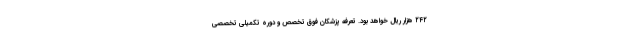
۲۴۲ هزار ریال خواهد بود. تعرفه پزشکان فوق تخصص و دوره تکمیلی تخصصی